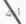
أنت